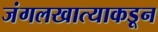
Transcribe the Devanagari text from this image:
जंगलखात्याकडून